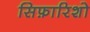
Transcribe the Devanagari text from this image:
सिफ़ारिशो